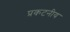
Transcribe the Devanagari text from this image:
प्रकटनीय